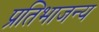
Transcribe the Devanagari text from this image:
प्रतिभाजन्य